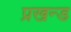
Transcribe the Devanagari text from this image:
प्रखन्ड